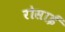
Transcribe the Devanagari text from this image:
रोसाई